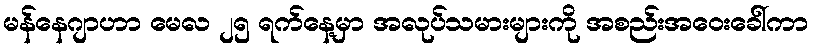
မန်နေဂျာဟာ မေလ ၂၅ ရက်နေ့မှာ အလုပ်သမားများကို အစည်းအဝေးခေါ်ကာ